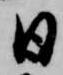
日